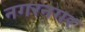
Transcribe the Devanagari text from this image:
नगरनगर